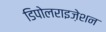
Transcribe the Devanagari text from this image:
डिपोलराइज़ेशन